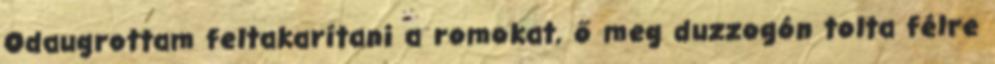
Odaugrottam feltakarítani a romokat, ő meg duzzogón tolta félre